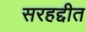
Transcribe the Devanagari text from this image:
सरहद्दीत